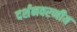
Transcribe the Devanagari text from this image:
दर्शनवरणीय